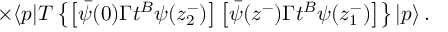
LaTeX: \times \langle p | T \left\{ \left[ \bar { \psi } ( 0 ) \Gamma t ^ { B } \psi ( z _ { 2 } ^ { - } ) \right] \left[ \bar { \psi } ( z ^ { - } ) \Gamma t ^ { B } \psi ( z _ { 1 } ^ { - } ) \right] \right\} | p \rangle \, .